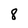
Character: 8